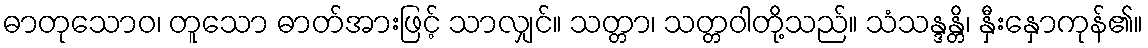
ဓာတုသောဝ၊ တူသော ဓာတ်အားဖြင့် သာလျှင်။ သတ္တာ၊ သတ္တဝါတို့သည်။ သံသန္ဒန္တိ၊ နှီးနှောကုန်၏။